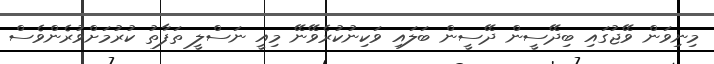
މިނިވަން ވޭޖުގައި ބިދޭސީން ދޭސީން ބަލައި ވަކިނުކުރެވޭނޭ މިއީ ނަސްލީ ތަފާތު ކުރުމަށްވުރެންވެސް